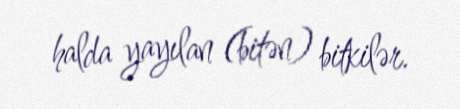
halda yayılan (bitən) bitkilər.